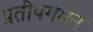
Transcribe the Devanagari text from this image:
प्रतीपगमन